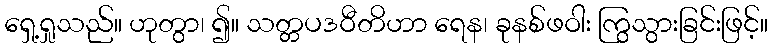
ရှေ့ရှုသည်။ ဟုတွာ၊ ၍။ သတ္တပဒဝီတိဟာ ရေန၊ ခုနစ်ဖဝါး ကြွသွားခြင်းဖြင့်။